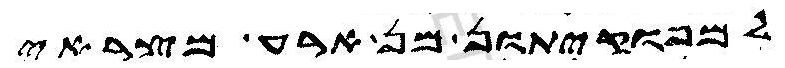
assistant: למפוקיתון מן ארע מצראי